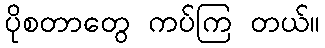
ပိုစတာတွေ ကပ်ကြ တယ်။